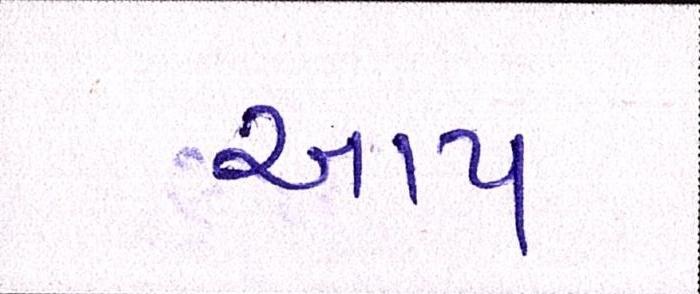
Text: આપ